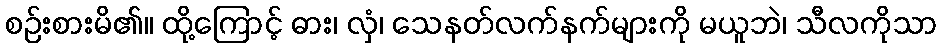
စဉ်းစားမိ၏။ ထို့ကြောင့် ဓား၊ လှံ၊ သေနတ်လက်နက်များကို မယူဘဲ၊ သီလကိုသာ